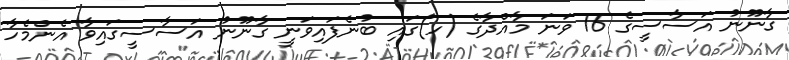
ގާނޫނު އަސާސީގެ 16 ވަނަ މާއްދާގެ (ހ)ގައި ބުނެފައިވަނީ ގާނޫނު އަސާސީގައިވާ އެންމެހާ